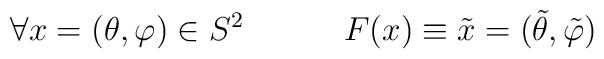
\forall x=(\theta ,\varphi ) \in S^{2} \hspace*{.5in}F(x) \equiv \tilde{x}=(\tilde{\theta},\tilde{\varphi})